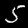
Label: 5